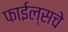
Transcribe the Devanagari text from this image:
फाईल्सचे